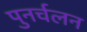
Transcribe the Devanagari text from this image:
पुनर्चलन